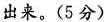
出来。(5分)